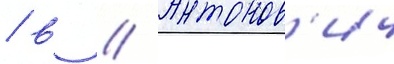
/ в // Антонов'ич